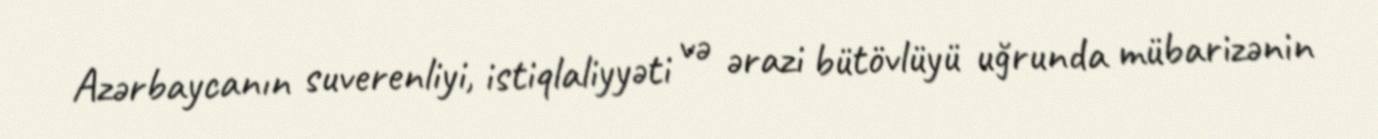
Azərbaycanın suverenliyi, istiqlaliyyəti və ərazi bütövlüyü uğrunda mübarizənin